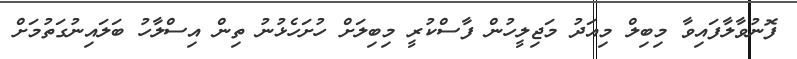
ފޮނުވާލާފައިވާ މިބިލް މިއަދު މަޖިލީހުން ފާސްކުރީ މިބިލަށް ހުށަހެޅުނު ތިން އިސްލާހު ބަލައިނުގަތުމަށް